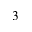
^ 3